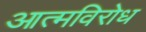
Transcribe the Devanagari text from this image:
आत्मविरोध